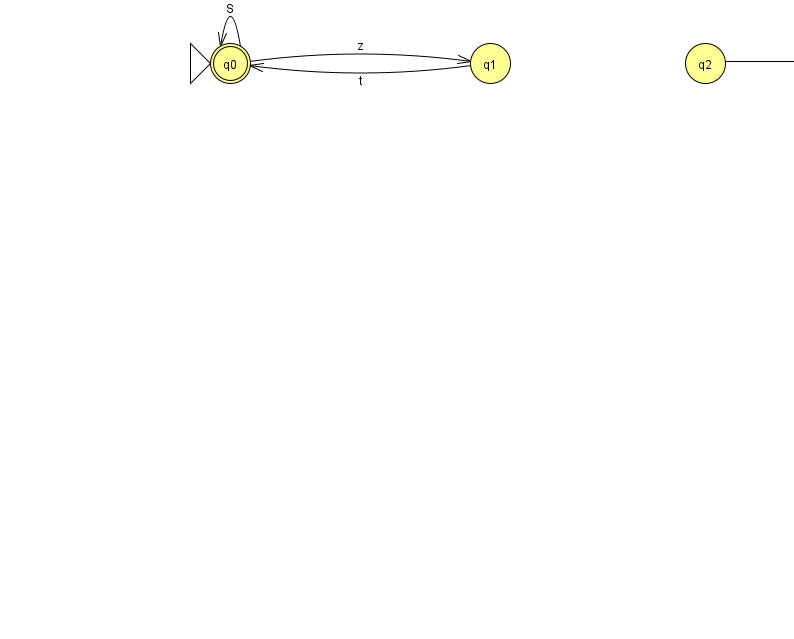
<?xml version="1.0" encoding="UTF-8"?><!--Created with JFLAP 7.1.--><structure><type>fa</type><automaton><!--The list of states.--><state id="0" name="q0"><x>230.0</x><y>50.0</y><initial/><final/></state><state id="1" name="q1"><x>490.0</x><y>50.0</y></state><state id="2" name="q2"><x>705.0</x><y>50.0</y></state><state id="3" name="q3"><x>966.0</x><y>50.0</y></state><!--The list of transitions.--><transition><from>0</from><to>0</to><read>S</read></transition><transition><from>2</from><to>3</to><read>Q</read></transition><transition><from>0</from><to>1</to><read>z</read></transition><transition><from>1</from><to>0</to><read>t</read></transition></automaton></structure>